Statistical return of the lunatic asylum in Assam - 1912-1932
Year: 1912
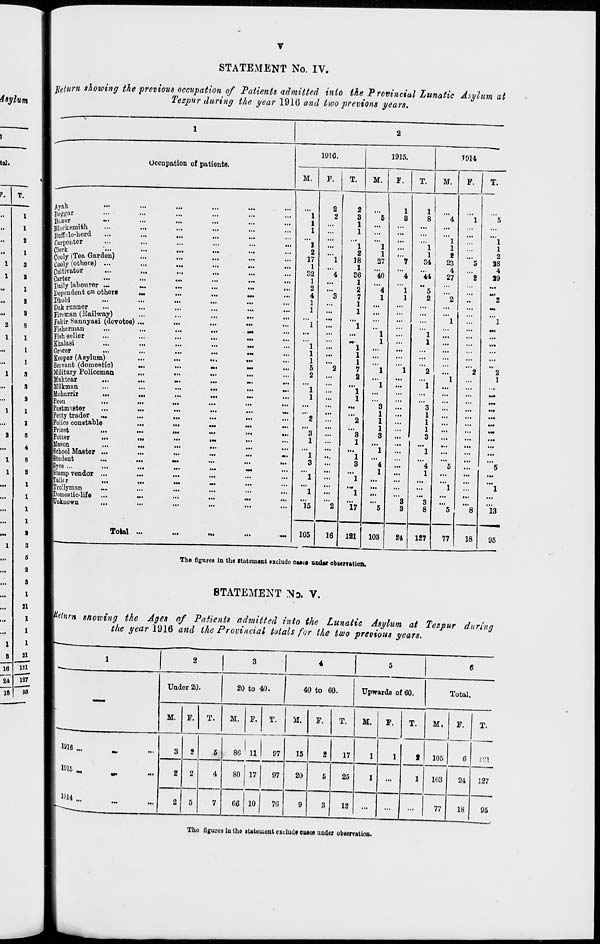
STATEMENT No. IV.
"Return showing the previous occupation of Patients admitted into the P rovinciul Lunatic Asylum at
Tezpur during the year 1916 and two previous years.
f,
T.
..
1
..
1
.
2
••
1
3
a
i
8
a
8
1
I
1
3
3
a
l
l
5
4
8
2
1
1
1
1
a
3
1
8
"ieT
~24
S
Occupation of patients.
1916.
M.
F.
1915.
M.
Ayah
Beggar
Bairar
Blacksmith
Buffalo-herd
Carpenter
Cooly ( Tea Garden)
Cooly (others) ...
Cultivator
I Carter
I Daily labourer ...
I Depondent on others
JDhobi
Dak runner
I Fireman (Railway)
I Fakir Sannyasi (devotee)
I Fisherman
IFiehseller
1 Khalasi
IGrncer
I Keeper (Asylum)
I Servant (domestic)
IMilitary Policeman
IMnktear
I Milkman
iMohurrir
•••
■Peon
■FoBtmnster
I Petty trader
...
IPolico constable
IPriest
■Potter
•••
■Mason
■School Mastor ...
■Student
■Syce ...
■Stamp vendor ...
Il'uilir
iTrollyman
|Domostic-life
Unknown
Total
...
• ••
...
...
...
...
...
...
...
...
...
...
...
...
...
...
...
• ••
...
...
Ml
...
...
...
M*
...
...
M.
...
...
...
...
...
...
...
...
...
...
...
...
...
...
...
...
...
...
...
Ml
...
...
...
Ml
...
...
...
Ml
...
...
...
•M
...
...
...
III
HI
...
• I
Ml
...
...
...
• 1.
...
Ml
1.1
Ml
...
...
...
...
...
•••
...
Ml
...
...
...
...
...
...
...
...
...
• 1.
...
...
...
...
M.
...
...
•1.
Ml
...
Ml
...
•M
...
• ••
...
• 1.
...
...
...
...
Ml
...
M.
...
...
...
...
...
Ml
...
...
...
...
II.
M.
Ml
...
...
...
...
...
Ml
...
...
Ml
...
...
...
...
1
1
1
"l
2
17
1
32
1
2
4
1
1
"l
2
2
3
1
"l
3
"'l
"l
15
105
16
2
3
1
1
1
2
18
1
36
1
2
7
1
1
8
1
""l
3
"l
"*1
'i'7
T.
1914
M.
1
1
27
'40
"4
l
121
103
24
1
8
1
1 I
34
"44
"5
2
1
1
t
23
4
27
127
77
18
...
6
2
3
1
21
■.1
1
...
1
The figures in tho statement exclude caatu und« observation.
STATEMENT No. V.
T.
1
1
2
28
4
39
13
95
Return stioiving the Ages of Patients admitted into the Lunatic Asylum at Tezpur during
the year 1916 and the Provincial totals for the two previous years.
1
2
3
4
5
6
_.
Under 20.
20 to 40.
40 to 60.
Upwards of 60.
Total.
M. F.
T.
M. F.
T.
M. F.
T.
M.
F.
T.
M.
F.
T.
1916 „.
I91 5 M.
_
...
* HI
...
...
3
2
5
86 11
97
15
2
17
1
1
1 1 105
6
.'"1
2 2
4
80 17
97
20
5
25
1
...
1
103
24
127
2 5
7
C6 10
76
9
3
12
...
...
...
77
18
95
The figures iu the statement exclude caios under observation.